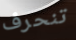
تنحرف